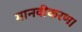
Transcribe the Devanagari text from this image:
मानवीकरण।